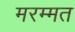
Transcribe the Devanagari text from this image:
मरम्मत